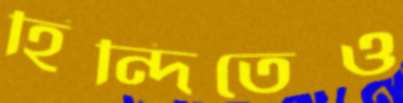
হিন্দিতেও